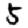
Digit: 5